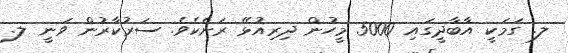
ލ. ގަމަކީ އާބާދީގައި 5000 މީހުން ދިރިއުޅޭ ރަށެކެވެ. ސަރުކާރުން ވަނީ ލ.